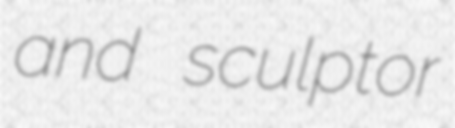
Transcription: and sculptor